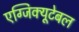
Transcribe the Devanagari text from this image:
एग्जिक्यूटेबल